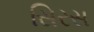
સિરસ